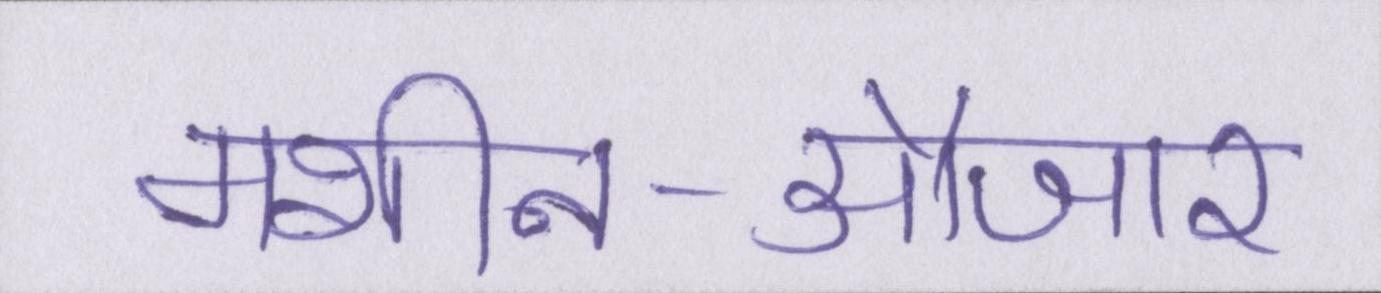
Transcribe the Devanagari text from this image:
मशीन-औजार